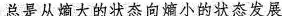
总是从熵大的状态向熵小的状态发展